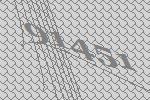
91451